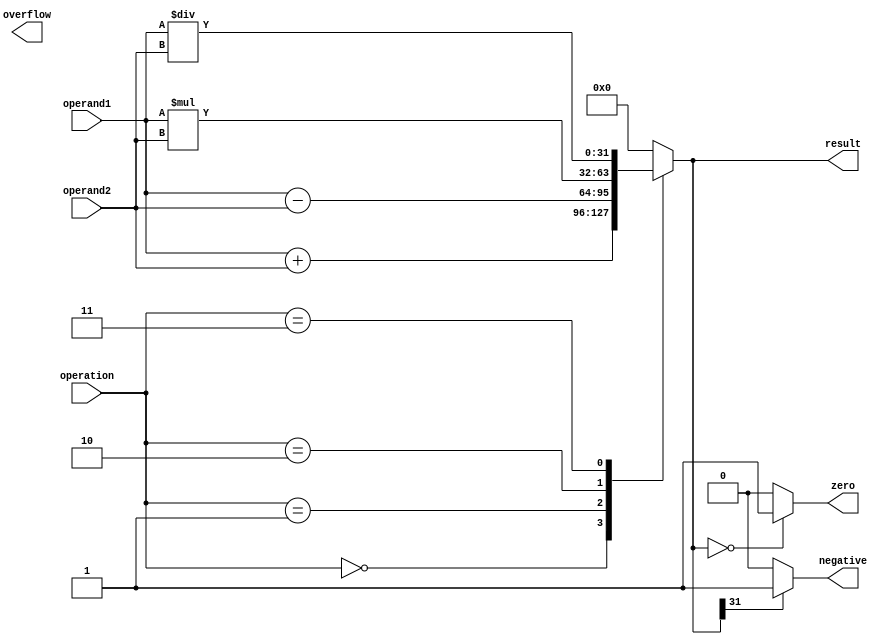
module ALU (
    input wire [31:0] operand1,
    input wire [31:0] operand2,
    input wire [2:0] operation,
    output wire [31:0] result,
    output wire zero,
    output wire negative,
    output wire overflow
);

// Declare internal wires and registers
reg [31:0] result_reg;

// Perform arithmetic operations based on operation code
always @(*)
begin
    case(operation)
        3'b000: // Addition
            result_reg = operand1 + operand2;
        3'b001: // Subtraction
            result_reg = operand1 - operand2;
        3'b010: // Multiplication
            result_reg = operand1 * operand2;
        3'b011: // Division
            result_reg = operand1 / operand2;
        // Add more cases for additional operations if needed
        default:
            result_reg = 32'h00000000; // Default case
    endcase
end

// Set status flags based on result
assign zero = (result_reg == 32'h00000000) ? 1'b1 : 1'b0;
assign negative = (result_reg[31] == 1'b1) ? 1'b1 : 1'b0;
// Add overflow flag logic if needed

// Output the result
assign result = result_reg;

endmodule